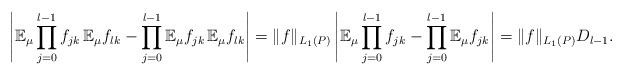
LaTeX: \begin{align*}\left| \mathbb E_{\mu} \prod_{j=0}^{l-1} f_{jk} \, \mathbb E_{\mu} f_{lk} - \prod_{j=0}^{l-1} \mathbb E_{\mu} f_{jk} \, \mathbb E_{\mu} f_{lk} \right|= \|f\|_{L_1(P)} \left| \mathbb E_{\mu} \prod_{j=0}^{l-1} f_{jk} - \prod_{j=0}^{l-1} \mathbb E_{\mu} f_{jk} \right| = \|f\|_{L_1(P)} D_{l-1} .\end{align*}